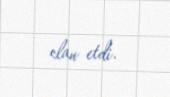
elan etdi.